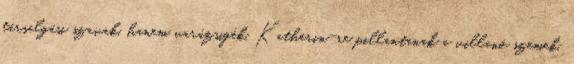
társalgási szavak, hanem varázsigék. Katherin-re pillantanak a villanó szemek,